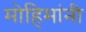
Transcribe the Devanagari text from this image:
मोहिमांनी